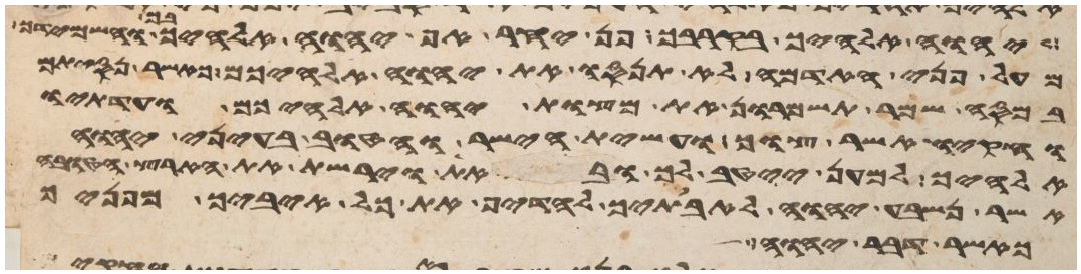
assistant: יהוה אלהיך בקרבך פן יחר אף יהוה אלהיך בך והשמידך
מעל פני האדמה לא תנסו את יהוה אלהיכם כאשר נסיתם
במסה שמר תשמרון את מצות יהוה אלהיכם ועדתיו
וחקיו אשר צוך ועשית הישר והטוב בעיני יהוה
אלהיך למען ייטב לך ובאת וירשת את הארץ הטובה
אשר נשבע יהוה לאבתיך להדיף את כל איביך מפניך
אשר דבר יהוה